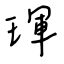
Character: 琿